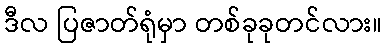
ဒီလ ပြဇာတ်ရုံမှာ တစ်ခုခုတင်လား။